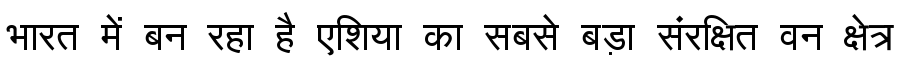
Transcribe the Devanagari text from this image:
भारत में बन रहा है एशिया का सबसे बड़ा संरक्षित वन क्षेत्र